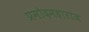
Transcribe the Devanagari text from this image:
प्रमोदमहाराज